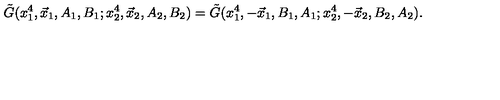
\tilde { G } ( x _ { 1 } ^ { 4 } , \vec { x } _ { 1 } , A _ { 1 } , B _ { 1 } ; x _ { 2 } ^ { 4 } , \vec { x } _ { 2 } , A _ { 2 } , B _ { 2 } ) = \tilde { G } ( x _ { 1 } ^ { 4 } , - \vec { x } _ { 1 } , B _ { 1 } , A _ { 1 } ; x _ { 2 } ^ { 4 } , - \vec { x } _ { 2 } , B _ { 2 } , A _ { 2 } ) .